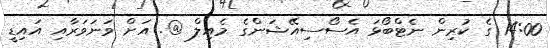
14:00 ގެ ކުރިން ނެޓްބޯޅަ އެސޯސިއޭޝަންގެ މެއިލް @. އަށް ވަނަވަރާއި އައިޑީ